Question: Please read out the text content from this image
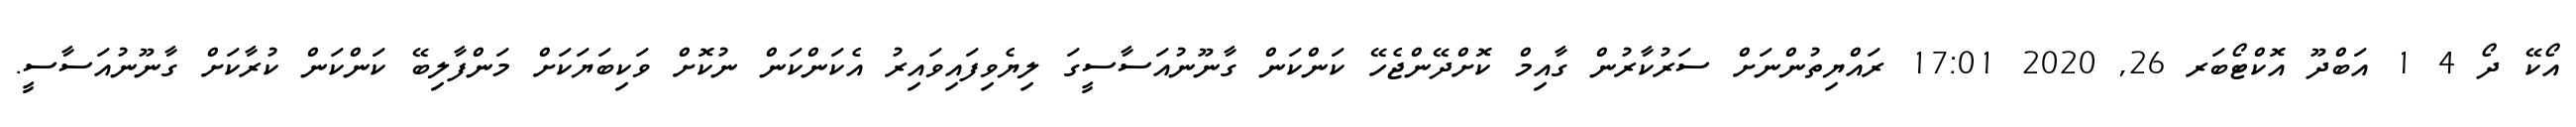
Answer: އޯކޭ ދޯ 4 1 އަބްދޫ އޮކްޓޯބަރ 26, 2020 17:01 ރައްޔިތުންނަށް ސަރުކާރުން ގާއިމް ކޮށްދޭންޖެހޭ ކަންކަން ގާނޫނުއަސާސީގަ ލިޔެވިފައިވައިރު އެކަންކަން ނުކޮށް ވަކިބަޔަކަށް މަންފާލިބޭ ކަންކަން ކުރާކަށް ގާނޫނުއަސާސީ.